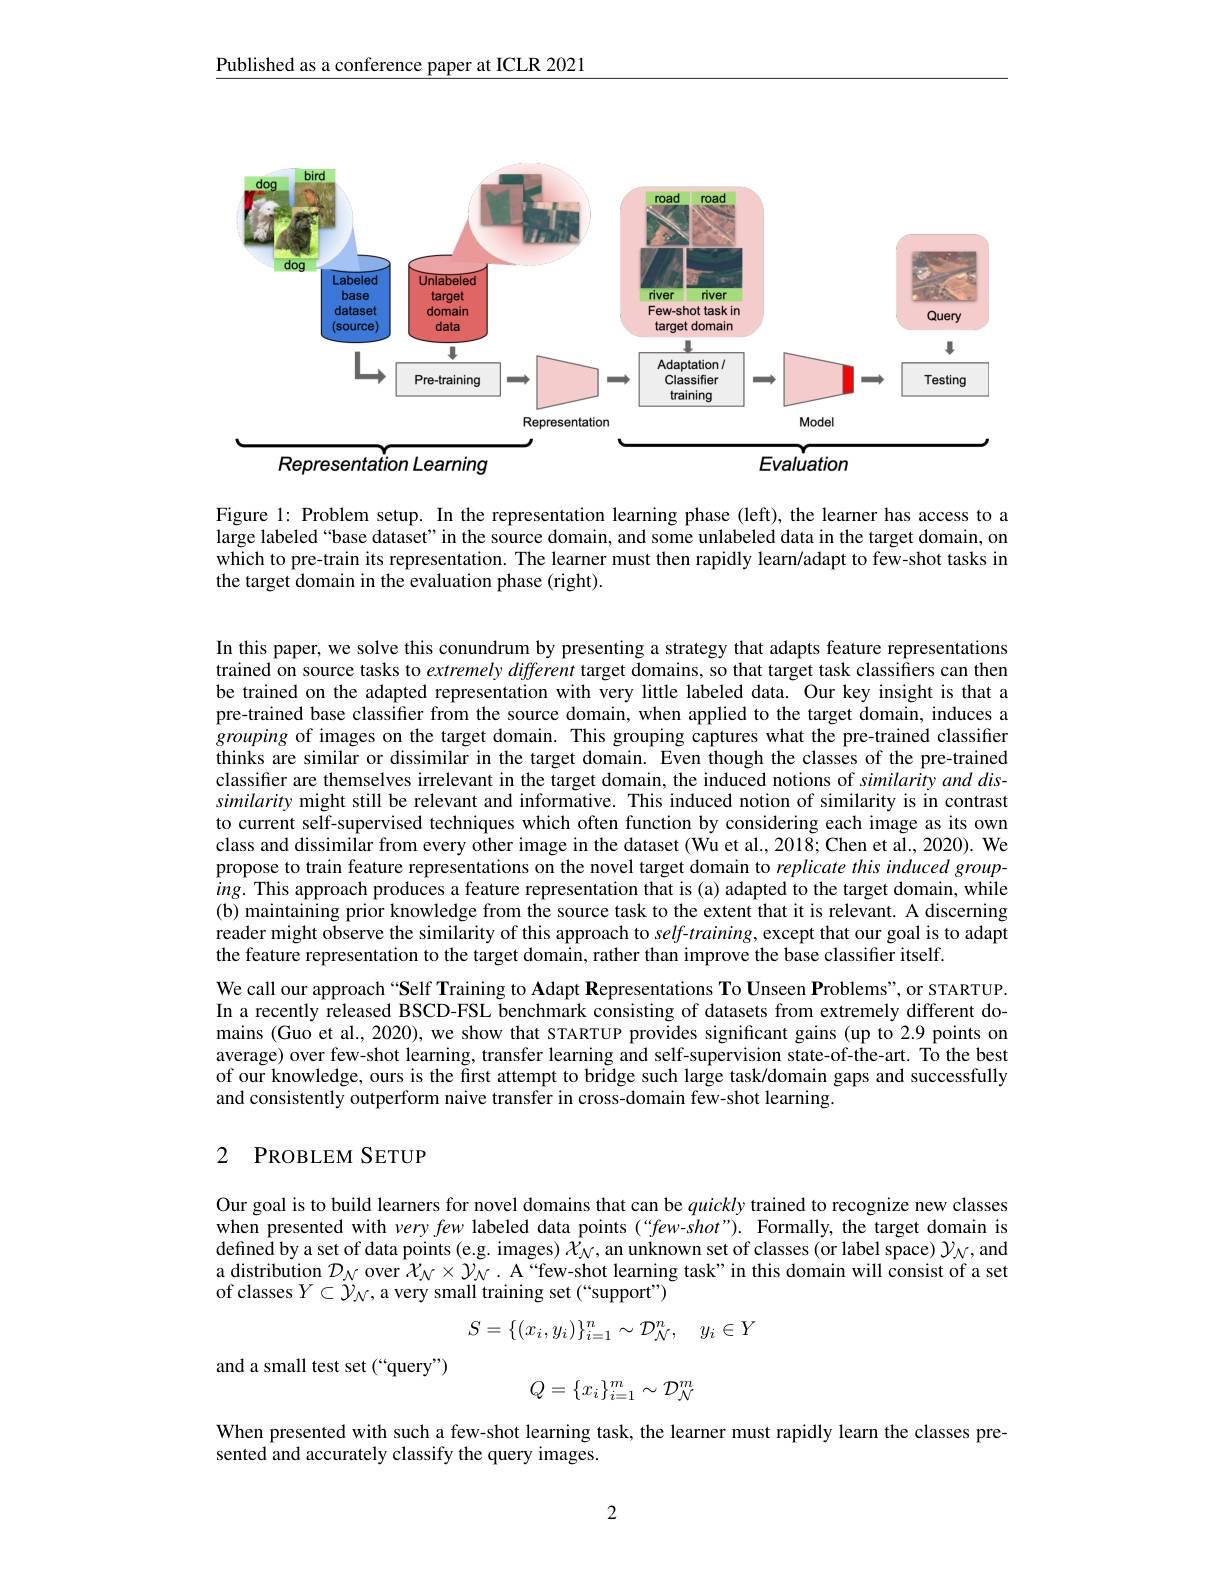
Published as a conference paper at ICLR 2021

<FigureHere>

Figure l: Problem setup. In the representation learning phase (left), the learner has access to a large labeled“base dataset”in the source domain, and some unlabeled data in the target domain, on which to pre-train its representation. The learner must then rapidly learn/adapt to few-shot tasks in the target domain in the evaluation phase (right).

In this paper, we solve this conundrum by presenting a strategy that adapts feature representations trained on source tasks to $extremely\textit{different target domains, so that target task classiffers can then}$ be trained on the adapted representation with very little labeled data. Our key insight is that a pre-trained base classifier from the source domain, when applied to the target domain, induces a $\hat{g}rouping$ of images on the target domain. This grouping captures what the pre-trained classifier thinks are similar or dissimilar in the target domain. Even though the classes of the pre-trained classifier are themselves irrelevant in the target domain, the induced notions of similarity and dissimilarity might still be relevant and informative. This induced notion of similarity is in contrast to current self-supervised techniques which often function by considering each image as its own class and dissimilar from every other image in the dataset (Wu et al., 2018; Chen et al., 2020). We propose to train feature representations on the novel target domain to replicate this induced group- $ing.$ This approach produces a feature representation that is (a) adapted to the target domain, while (b) maintaining prior knowledge from the source task to the extent that it is relevant. A discerning reader might observe the similarity of this approach to self-training, except that our goal is to adapt the feature representation to the target domain, rather than improve the base classifier itself.
We call our approach “Self Training to Adapt Representations To Unseen Problems", or STARTUP. In a recently released BSCD-FSL benchmark consisting of datasets from extremely different domains (Guo et al., 2020), we show that STARTUP provides significant gains (up to 2.9 points on average) over few-shot learning, transfer learning and self-supervision state-of-the-art. To the best of our knowledge, ours is the first attempt to bridge such large task/domain gaps and successfully and consistently outperform naive transfer in cross-domain few-shot learning.

## 2 PROBLEM SETUP

Our goal is to build learners for novel domains that can be quickly trained to recognize new classes when presented with very few labeled data points (“few-shot”). Formally, the target domain is defined by a set of data points (e.g. images) $\bar{\chi}_N$,an unknown set of classes (or label space) $\mathcal{Y}_N$,and a distribution $\mathcal{D}_N$ over $\mathcal{X}_N\times\mathcal{Y}_N$ . A“few-shot learning task” in this domain will consist of a set of classes $Y\subset\ddot{\mathcal{Y}}_{\mathcal{N}}$, a very small training set (“support”)
$$S=\{(x_i,y_i)\}_{i=1}^n\sim\mathcal{D}_{\mathcal{N}}^n,\quad y_i\in Y$$
and a small test set (“query”)
$$Q=\{x_i\}_{i=1}^m\sim\mathcal{D}_{\mathcal{N}}^m$$
When presented with such a few-shot learning task, the learner must rapidly learn the classes pre-
sented and accurately classify the query images.

2